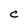
Character: C